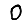
Digit: 0